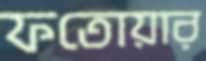
ফতোয়ার